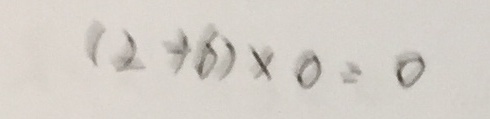
( 2 + 6 ) \times 0 = 0